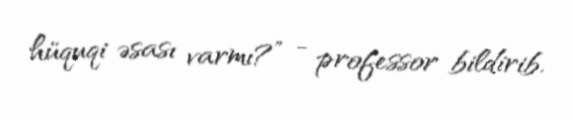
hüquqi əsası varmı?” - professor bildirib.